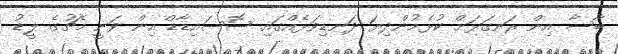
ބާސާ އިން ރަނގަޅަށް ކުޅެމުންދިޔަ ދަނޑިވަޅެއްގައި ސޮސައިޑާޑް އިން ވަނީ މެޗުގެ ލީޑު